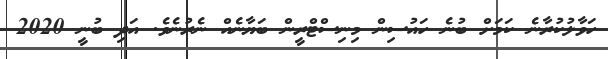
ހަވާލުކުރާނެ ކަމަށް ބުނެ ހައުސިން މިނިސްޓްރީން ބަޔާނެއް ނެރުނެވެ. އަދި ބުނީ 2020